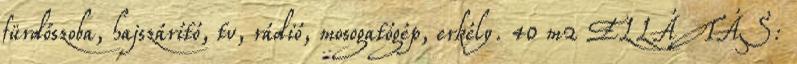
fürdőszoba, hajszárító, tv, rádió, mosogatógép, erkély. 40 m2 ELLÁTÁS: